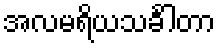
အလမရိယသင်္ခါတာ